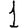
Digit: 1